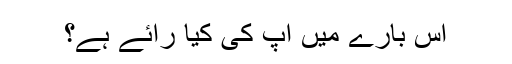
اس بارے میں آپ کی کیا رائے ہے؟